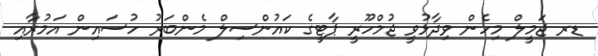
ޑރ ޖަމީލް މިހެން ވިދާޅުވީ ޖުމްހޫރީ ޕާޓީގެ ކައުންސިލް މެންބަރު ހުސައިން އަމުރާއި